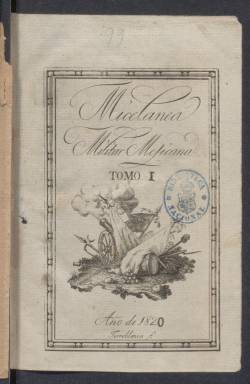
Título: Miscelánea militar mexicana
Otros títulos: Título de la portada de tomo: Micelánea militar mexicana
Colección: Fuerzas armadas
Ámbito geográfico: México
Lugar de publicación: México
Fechas: 01/01/1820-31/12/1820